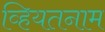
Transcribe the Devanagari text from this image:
व्हियतनाम